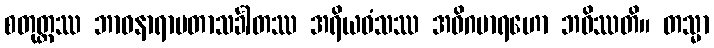
စတုတ္ထဿ ဘာဝနာရာမတာသင်္ခါတဿ အရိယဝံသဿ အဓိဂမာရဟော ဘဝိဿတိ။ တသ္မာ